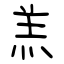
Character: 羔